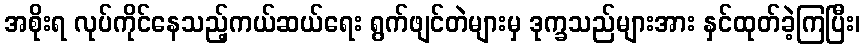
အစိုးရ လုပ်ကိုင်နေသည့်ကယ်ဆယ်ရေး ရွက်ဖျင်တဲများမှ ဒုက္ခသည်များအား နှင်ထုတ်ခဲ့ကြပြီး၊